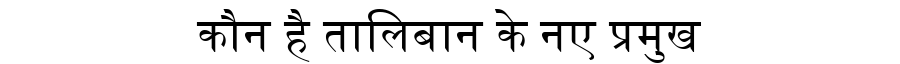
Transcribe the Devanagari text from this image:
कौन है तालिबान के नए प्रमुख